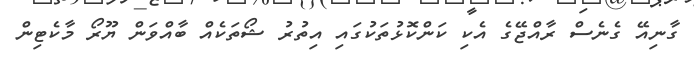
ގާނިއޭ ގެނެސް ރާއްޖޭގެ އެކި ކަންކޮޅުތަކުގައި އިތުރު ޝޯތަކެއް ބާއްވަން ޔޫރޯ މާކެޓިން